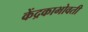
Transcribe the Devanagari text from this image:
केंद्रकाभोवती